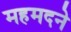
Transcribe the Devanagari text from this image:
महमदने